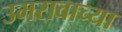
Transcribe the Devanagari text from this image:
उमरावाच्या